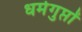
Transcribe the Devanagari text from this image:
धर्मगुप्तों